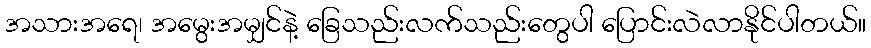
အသားအရေ၊ အမွေးအမျှင်နဲ့ ခြေသည်းလက်သည်းတွေပါ ပြောင်းလဲလာနိုင်ပါတယ်။